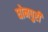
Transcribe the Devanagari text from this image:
धोनपुरी